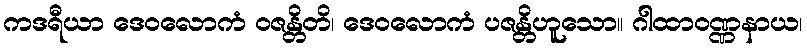
ကဒရီယာ ဒေဝလောကံ ဝဇန္တိတိ၊ ဒေဝလောကံ ပဇန္တိဟူသော။ ဂါထာဝဏ္ဏနာယ၊